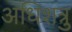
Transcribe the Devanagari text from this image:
अधिशत्रु